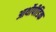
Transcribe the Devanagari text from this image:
आर्थोपीडिक